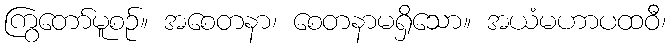
ကြွတော်မူစဉ်။ အစေတနာ၊ စေတနာမရှိသော။ အယံမဟာပထဝီ၊